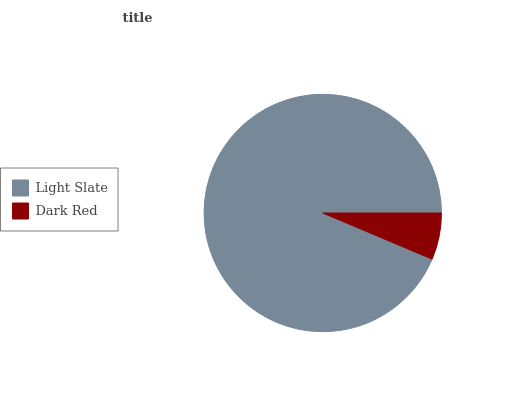
| Light Slate | Dark Red |
 | --- | --- |
 | 93.6% | 6.35% |